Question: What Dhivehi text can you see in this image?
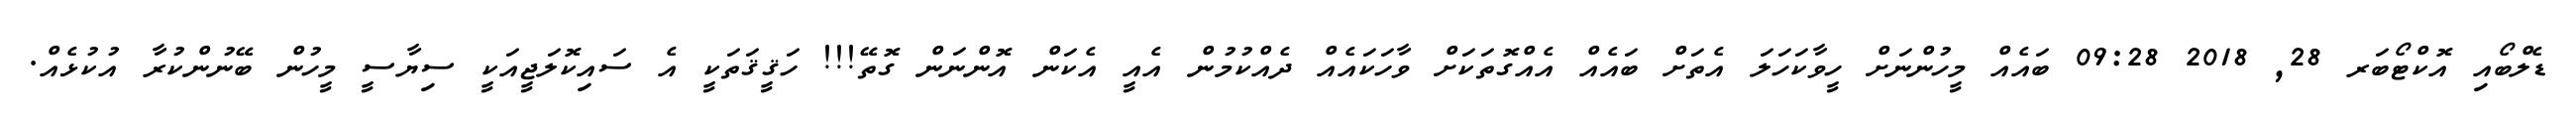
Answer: ޑެލްބޯއި އޮކްޓޯބަރ 28, 2018 09:28 ބައެއް މީހުންނަށް ހީވާކަހަލަ އެތަށް ބައެއް އެއްގޮތަކަށް ވާހަކައެއް ދެއްކުމުން އެއީ އެކަން އޮންނަން ގޮތޭ!!! ހަޤީޤަތަކީ އެ ސައިކޮލަޖީއަކީ ސިޔާސީ މީހުން ބޭނުންކުރާ އުކުޅެއް.